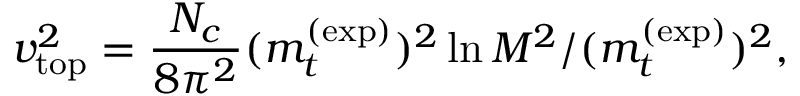
v _ { \mathrm { t o p } } ^ { 2 } = \frac { N _ { c } } { 8 \pi ^ { 2 } } ( m _ { t } ^ { ( \mathrm { e x p } ) } ) ^ { 2 } \ln M ^ { 2 } / ( m _ { t } ^ { ( \mathrm { e x p } ) } ) ^ { 2 } ,